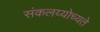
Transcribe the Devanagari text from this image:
संकलय्योच्यते